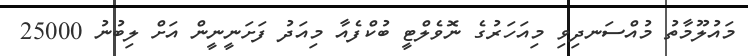
މައުލޫމާތު މުއްސަނދިވި މިއަހަރުގެ ނޮވެލްޓީ ބުކްފެއާ މިއަދު ފަށަނީނީން އަށް ލިބުނު 25000